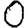
Digit: 0